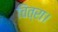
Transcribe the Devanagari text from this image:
चित्रा।